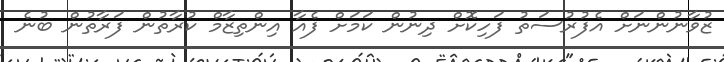
ޒުވާނުންނަށް އެފުރުސަތު ފަހިކޮށް ދިނުން ކަމަށް ފެއާ އިންތިޒާމް ކުރާތުން ފަރާތުން ބުނެ